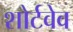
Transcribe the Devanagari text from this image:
शोर्टवेव